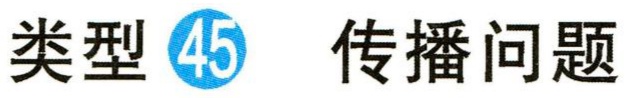
类型 \textcircled{45} 传播问题